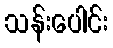
သန်းပေါင်း